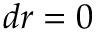
d r = 0